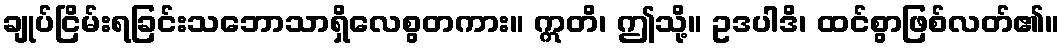
ချုပ်ငြိမ်းရခြင်းသဘောသာရှိလေစွတကား။ ဣတိ၊ ဤသို့။ ဥဒပါဒိ၊ ထင်စွာဖြစ်လတ်၏။